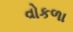
વોકળા